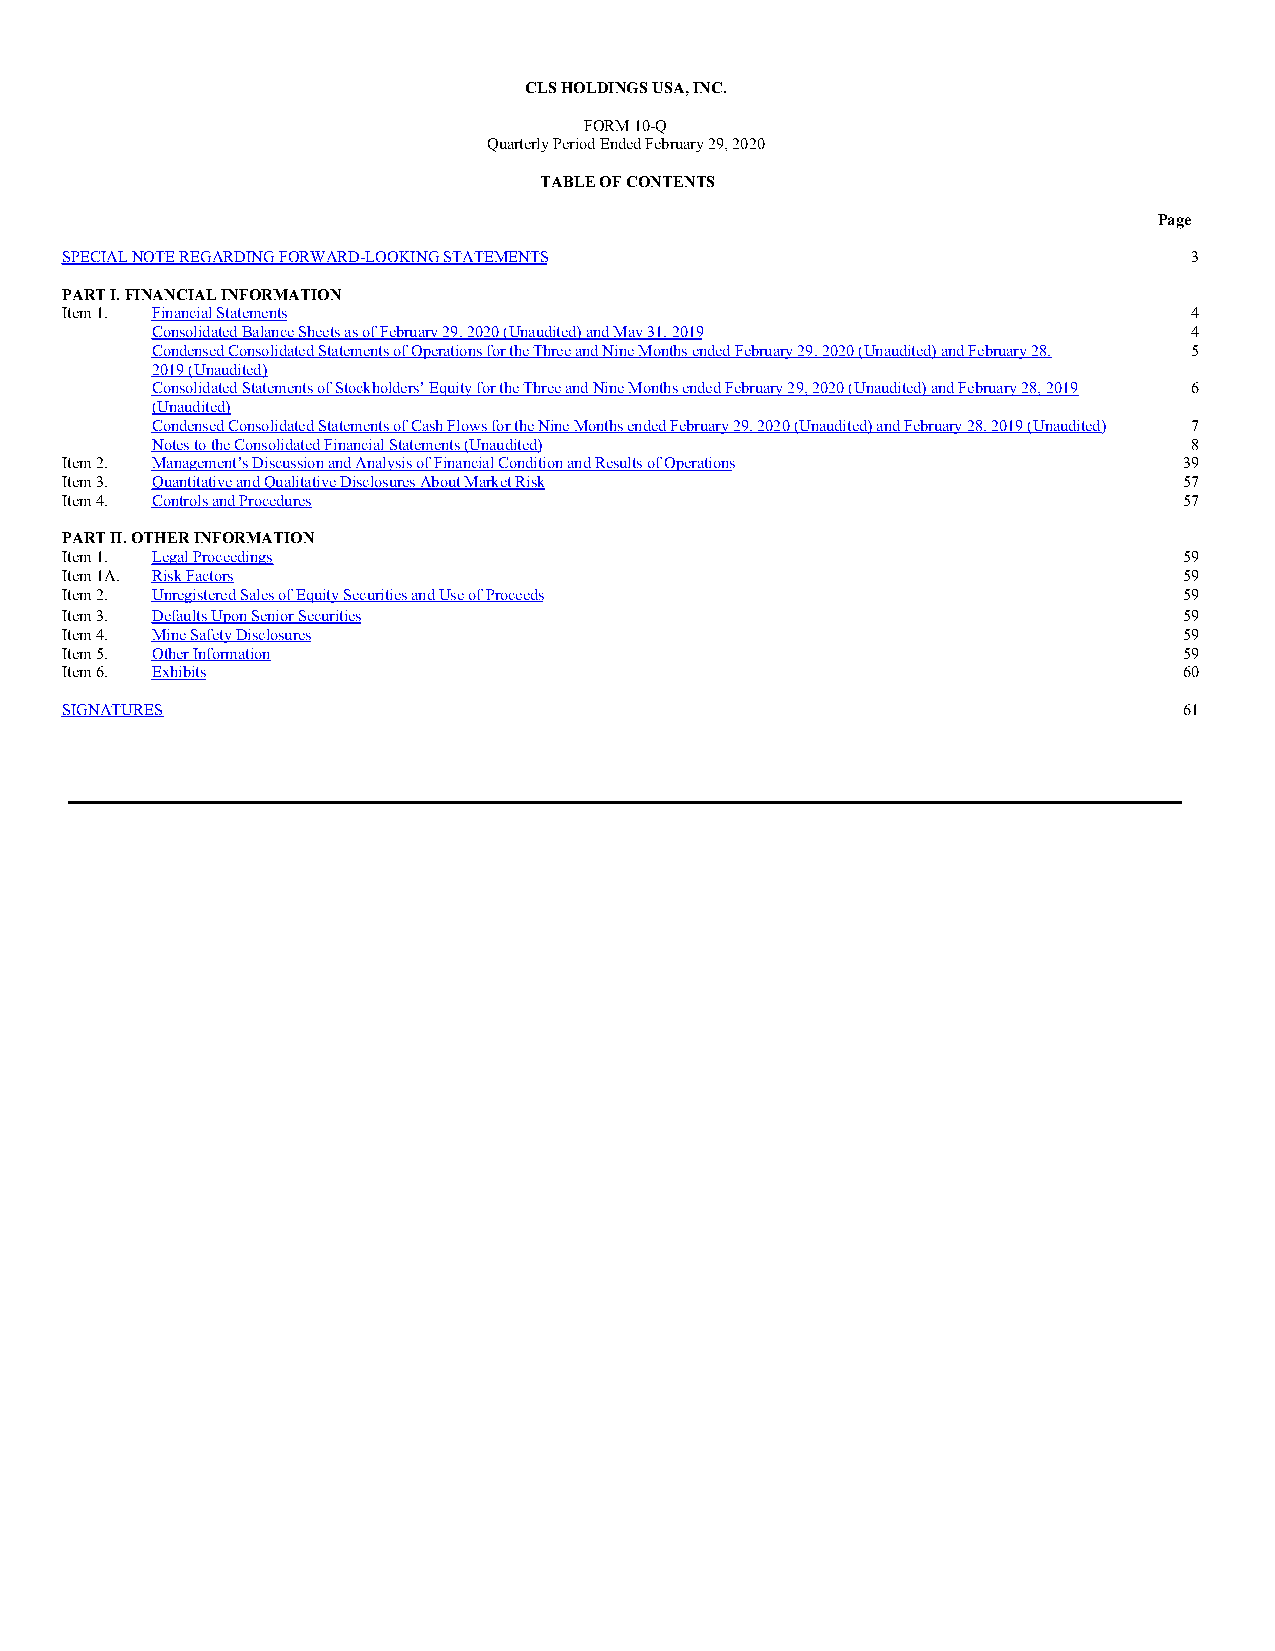
CLS HOLDINGS USA, INC.
 FORM 10-Q
 Quarterly Period Ended February 29, 2020
 TABLE OF CONTENTS
 Page
 SPECIAL NOTE REGARDING FORWARD-LOOKING STATEMENTS                          3
 PART I. FINANCIAL INFORMATION
 Item 1. Financial Statements                                               4
 Consolidated Balance Sheets as of February 29, 2020 (Unaudited) and May 31, 2019 4
 Condensed Consolidated Statements of Operations for the Three and Nine Months ended February 29, 2020 (Unaudited) and February 28, 5
 2019 (Unaudited)
 Consolidated Statements of Stockholders’ Equity for the Three and Nine Months ended February 29, 2020 (Unaudited) and February 28, 2019 6
 (Unaudited)
 Condensed Consolidated Statements of Cash Flows for the Nine Months ended February 29, 2020 (Unaudited) and February 28, 2019 (Unaudited) 7
 Notes to the Consolidated Financial Statements (Unaudited)           8
 Item 2. Management’s Discussion and Analysis of Financial Condition and Results of Operations 39
 Item 3. Quantitative and Qualitative Disclosures About Market Risk        57
 Item 4. Controls and Procedures                                           57
 PART II. OTHER INFORMATION
 Item 1. Legal Proceedings                                                 59
 Item 1A. Risk Factors                                                     59
 Item 2. Unregistered Sales of Equity Securities and Use of Proceeds       59
 Item 3. Defaults Upon Senior Securities                                   59
 Item 4. Mine Safety Disclosures                                           59
 Item 5. Other Information                                                 59
 Item 6. Exhibits                                                          60
 SIGNATURES                                                                61